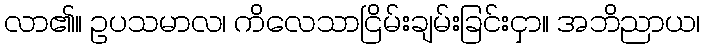
လာ၏။ ဥပသမာလ၊ ကိလေသာငြိမ်းချမ်းခြင်းငှာ။ အဘိညာယ၊